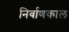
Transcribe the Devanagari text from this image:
निर्वाणकाल